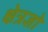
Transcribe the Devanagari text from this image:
क्षेत्रज्ञो